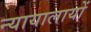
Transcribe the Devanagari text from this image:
न्यायालायों